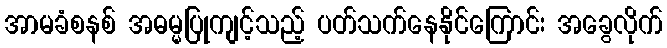
အာမခံစနစ် အဓမ္မပြုကျင့်သည့် ပတ်သက်နေနိုင်ကြောင်း အခွေလိုက်